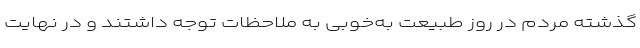
گذشته مردم در روز طبیعت به‌خوبی به ملاحظات توجه داشتند و در نهایت